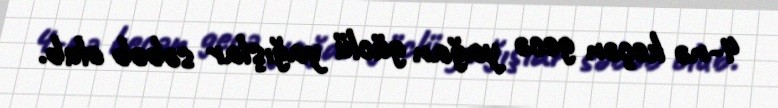
4-nə keçən gecə yağan güclü yağışlar səbəb olub.